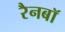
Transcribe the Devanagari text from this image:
रैनबॉ